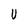
Character: U